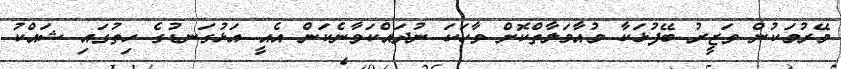
މޭރުމަކުން ވަޒީރު ބޭފުޅަކާ މުއާމަލާތްކޮށް ވާހަކަ ނުދައްކަވާނެކަން އެއީ އަޅުގަނޑުގެ ހިތުގައި ޝައްކު